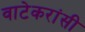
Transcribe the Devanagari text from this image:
वाटेकरांसी